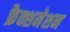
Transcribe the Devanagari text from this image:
फ्रैक्शनेशन